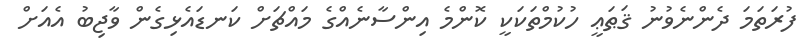
ފުރަތަމަ ދެންނެވުނު ޤަޠަޢީ ހުކުމްތަކަކީ ކޮންމެ އިންސާނެއްގެ މައްޗަށް ކަނޑައެޅިގެން ވާޖިބު އެއަށް